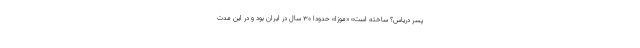
پسر دریاس؟ ساخته است» «موزا» حدودا ۳۰ سال در ایران بود و در این مدت